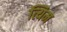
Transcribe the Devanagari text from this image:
त्यिम